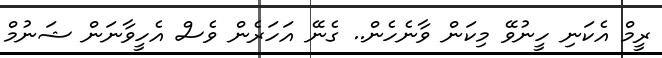
ރީމް އެކަނި ހީނުވޭ މިކަން ވާނެހެން.. ގެނޭ އަހަރެން ވެސް އެހީވާނަން ޝަނުމް